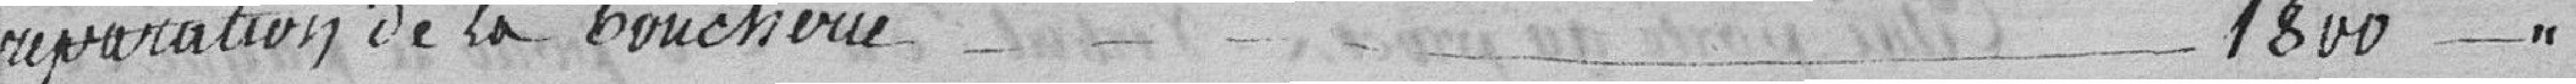
réparation de la boucherie 1800